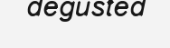
degusted